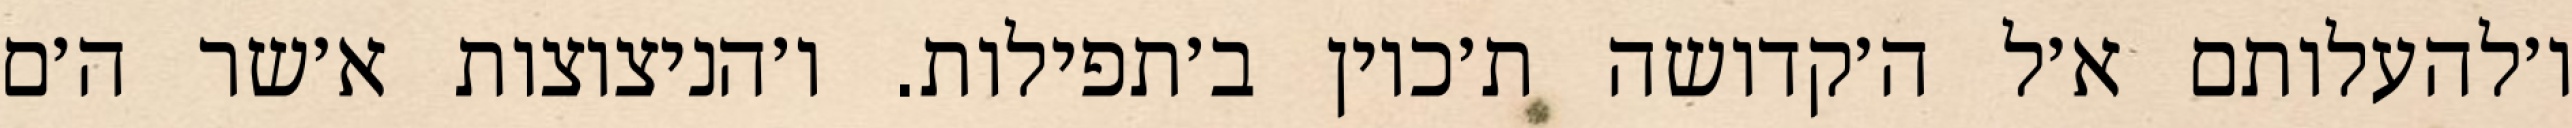
ו׳להעלותם א׳ל ה׳קדושה ת׳כוין ב׳תפילות. ו׳הניצוצות א׳שר ה׳ם